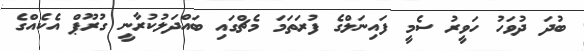
ބުދަ ދުވަހު ހަވީރު ސެމީ ފައިނަލްގެ ފުރަތަމަ މެޗްގައި ބައްދަލުކުރާނީ ގުރޫޕް އެކެއްގެ